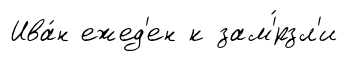
Ива́н ежед'ен к зам'́рзл'и